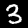
Label: 3